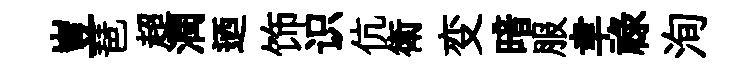
豈琶超潤迺饰识伉衛变暗服聿禄洵